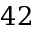
4 2